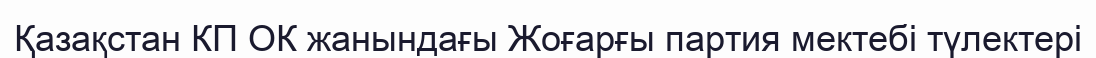
Қазақстан КП ОК жанындағы Жоғарғы партия мектебі түлектері